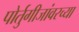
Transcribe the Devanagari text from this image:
पोर्तुगीजांवरच्या